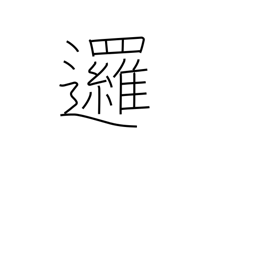
Meaning: go around